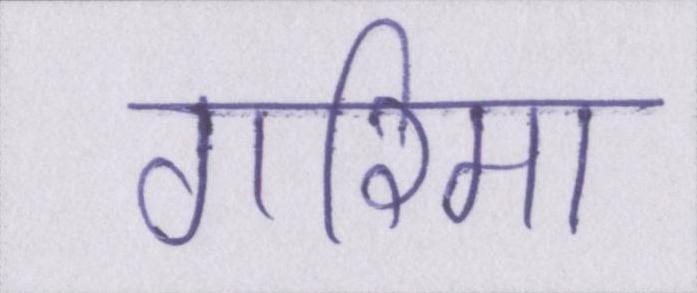
गरिमा